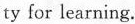
ty for learning.